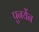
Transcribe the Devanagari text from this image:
पुनर्येन